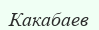
Какабаев